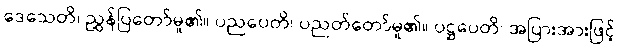
ဒေသေတိ၊ ညွှန်ပြတော်မူ၏။ ပညပေတိ၊ ပညတ်တော်မူ၏။ ပဋ္ဌပေတိ၊ အပြားအားဖြင့်